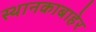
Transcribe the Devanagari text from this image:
स्थानकाबाहेर